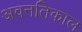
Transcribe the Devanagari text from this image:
अवनतिकाल